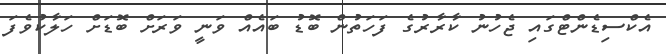
އެކްސިޑެންޓްގައި ޖެހުނު ކާރާރުގެ ފަހަތުން ބޮޑު ބައެއް ވަނީ ވަރަށް ބޮޑަށް ހަލާކުވެފަ